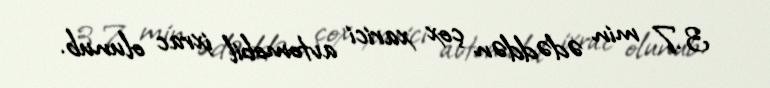
3.7 min ədəddən çox xarici avtomobil ixrac olunub.